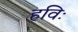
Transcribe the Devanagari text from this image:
हविः